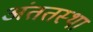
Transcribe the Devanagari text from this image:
अंततस्था